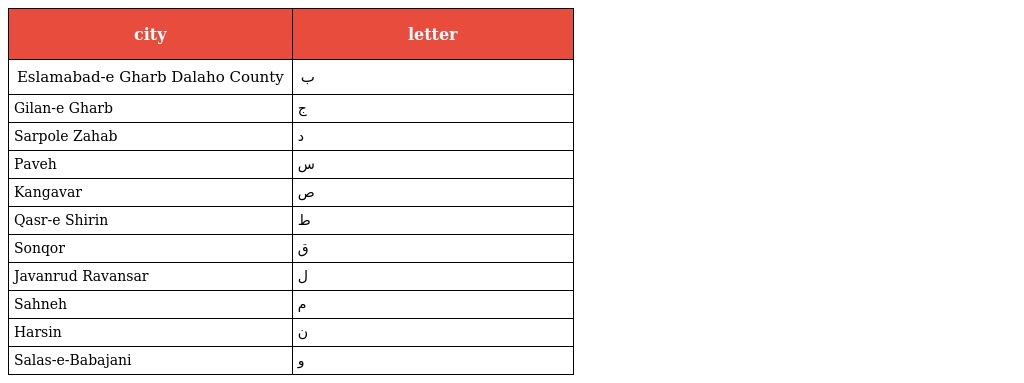
| city | letter |
 | --- | --- |
 | Eslamabad-e Gharb Dalaho County | ب |
 | Gilan-e Gharb | ج |
 | Sarpole Zahab | د |
 | Paveh | س |
 | Kangavar | ص |
 | Qasr-e Shirin | ط |
 | Sonqor | ق |
 | Javanrud Ravansar | ل |
 | Sahneh | م |
 | Harsin | ن |
 | Salas-e-Babajani | و |